Lunatic asylums Burma 1907-21 - 1907-1921
Year: 1907
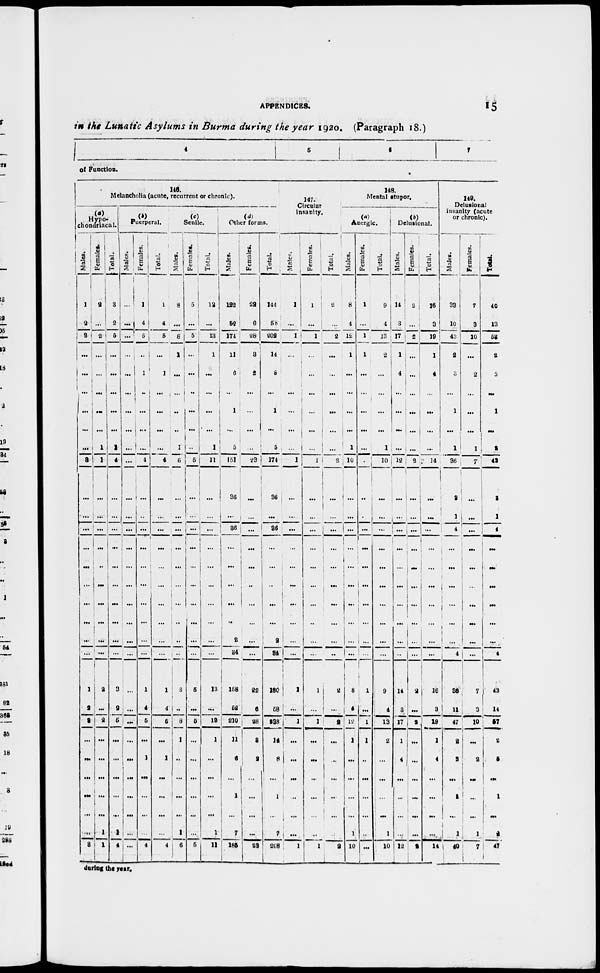
APPENDICES.
15
in the Lunatic Asylums in Burma during the year 1920. (Paragraph 18.)
4
5
6
7
of Function.
140.
Melancholia (acute, recurrent or chronic).
(a)
Hypo-
chondriacal.
Males.
...
1
2
3
...
...
...
...
...
...
3
...
...
...
...
...
...
...
...
...
...
1
2
3
...
...
...
...
...
...
3
Females.
2
...
2
...
...
...
...
...
1
1
...
...
...
...
...
...
...
...
...
...
2
...
2
...
...
...
...
...
1
1
Total.
3
2
5
...
...
...
...
...
1
4
...
...
...
...
...
...
...
...
...
...
3
2
5
...
...
...
...
...
1
1
(b)
Puerperal.
Males.
...
... ...
...
...
...
...
...
...
...
...
...
...
...
...
...
...
...
...
...
...
...
...
...
...
...
...
...
...
...
Females.
1
4
5
...
1
...
...
...
...
4
...
...
...
...
...
...
...
...
...
...
1
4
5
...
1
...
...
...
...
4
Total.
1
4
5
...
1
...
...
...
...
4
...
...
...
...
...
...
...
...
...
...
1
4
5
...
1
...
...
...
...
4
(c)
Senile.
Males.
8
...
8
1
...
...
...
...
1
6
...
...
...
...
...
...
...
...
...
...
8
..
8
1
...
...
...
...
1
6
Females.
5
...
5
...
...
...
...
...
...
5
...
...
...
...
...
...
...
...
...
...
5
...
5
...
...
...
...
...
...
6
Total.
13
...
13
1
...
...
...
...
1
11
...
...
...
...
...
...
...
...
...
...
13
...
13
1
...
...
...
...
1
11
(d)
Other forms.
Males.
122
52
174
11
6
...
1
...
5
151
36
...
36
...
...
...
...
...
2
34
158
52
210
11
6
...
1
...
7
185
Females.
22
6
28
3
2
...
...
...
...
23
...
...
...
...
...
...
...
...
...
...
22
6
28
3
2
...
...
...
...
28
Total.
144
58
202
14
8
...
1
...
5
174
36
...
36
...
...
...
...
...
2
34
180
68
238
14
8
...
1
...
7
208
147.
Circular
insanity.
Males.
1
...
1
...
...
...
...
...
...
1
...
...
...
...
...
...
...
...
...
...
1
...
1
...
...
...
...
...
...
1
Females.
1
...
1
...
...
...
...
...
...
1
...
...
...
...
...
...
...
...
...
...
1
...
1
...
...
...
...
...
...
1
Total.
2
...
2
...
...
...
...
...
...
2
...
...
...
...
...
...
...
...
...
...
2
...
2
...
...
...
...
...
...
2
148.
Mental stupor.
(a)
Anergic.
Males.
8
4
12
1
...
...
...
...
1
10
...
...
...
...
...
...
...
...
...
...
8
4
12
1
...
...
...
...
1
10
Females.
1
...
1
1
...
...
...
...
...
2 ...
...
...
...
...
...
...
...
...
...
1
...
1
1
...
...
...
...
...
...
Total.
9
4
13
2
...
...
...
...
1
10
...
...
...
...
...
...
...
...
...
...
9
4
13
2
...
...
...
...
1
10
(b)
Delusional.
Males.
14
3
17
1
4
...
...
...
...
12
...
...
...
...
...
...
...
...
...
...
14
3
17
1
4
...
...
...
...
12
Females.
2
...
2
...
...
...
...
...
...
2
...
...
...
...
...
...
...
...
...
...
...
...
2
...
...
...
...
...
...
2
Total.
16
3
19
1
4
...
...
...
...
14
...
...
...
...
...
...
...
...
...
...
16
3
19
1
4
...
...
...
...
14
149.
Delusional
insanity (acute
or chronic).
Males.
33
10
43
2
3
...
1
...
1
36
2
1
4
...
...
...
...
...
...
4
36
11
47
2
3
...
1
...
1
40
Females.
7
9
10
...
2
...
...
...
1
7
...
...
...
...
...
...
...
...
...
...
7
3
10
...
2
...
...
...
1
7
Total.
40
13
68
2
5
...
1
...
2
43
2
1
4
...
...
...
...
...
...
4
43
14
57
2
5
...
1
...
2
47
during the year.